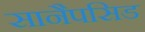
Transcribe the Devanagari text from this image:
सानैपसिड